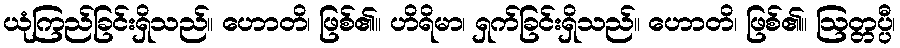
ယုံကြည်ခြင်းရှိသည်။ ဟောတိ၊ ဖြစ်၏။ ဟိရိမာ၊ ရှက်ခြင်းရှိသည်။ ဟောတိ၊ ဖြစ်၏။ ဩတ္တပ္ပီ၊